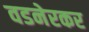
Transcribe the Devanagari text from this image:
वडनेरकर